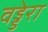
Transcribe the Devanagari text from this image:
वड्डेरा